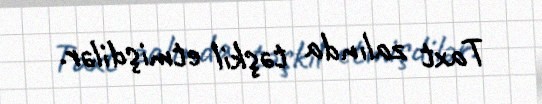
Taxt zalında təşkil etmişdilər.